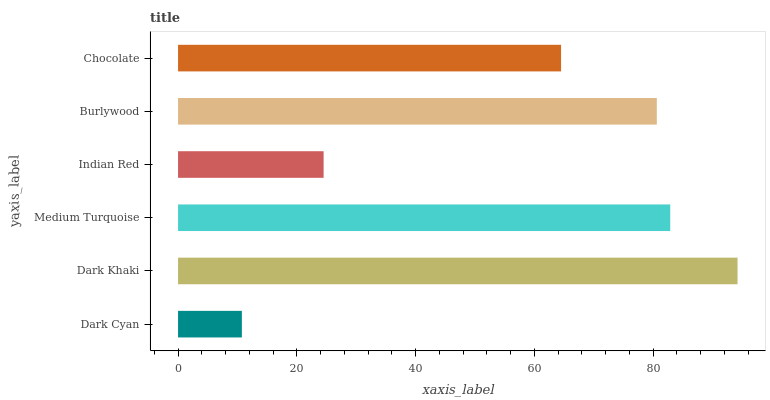
| yaxis_label | bars |
 | --- | --- |
 | Dark Cyan | 10.7 |
 | Dark Khaki | 94.2 |
 | Medium Turquoise | 82.9 |
 | Indian Red | 24.5 |
 | Burlywood | 80.6 |
 | Chocolate | 64.5 |